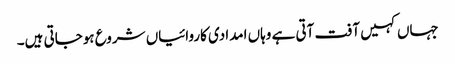
جہاں کہیں آفت آتی ہے وہاں امدادی کاروائیاں شروع ہوجاتی ہیں۔